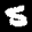
Label: 5